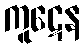
ကူဋေန